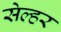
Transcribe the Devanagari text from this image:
सेल्हर